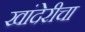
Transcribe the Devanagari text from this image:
खांदेरीचा